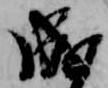
成